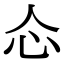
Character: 𰐼